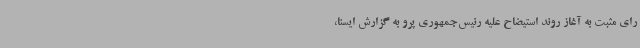
رای مثبت به آغاز روند استیضاح علیه رئیس‌جمهوری پرو به گزارش ایسنا،